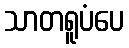
သာတရူပံပေ